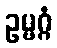
ဥမ္မဂ္ဂံ